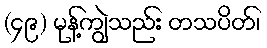
(၄၉) မုန့်ကျွဲသည်း တသပိတ်၊